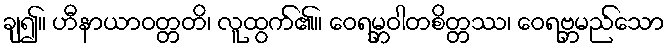
ချ၍။ ဟီနာယာဝတ္တတိ၊ လူထွက်၏။ ဝေရမ္ဘဝါတစိတ္တဿ၊ ဝေရဗ္ဘမည်သော